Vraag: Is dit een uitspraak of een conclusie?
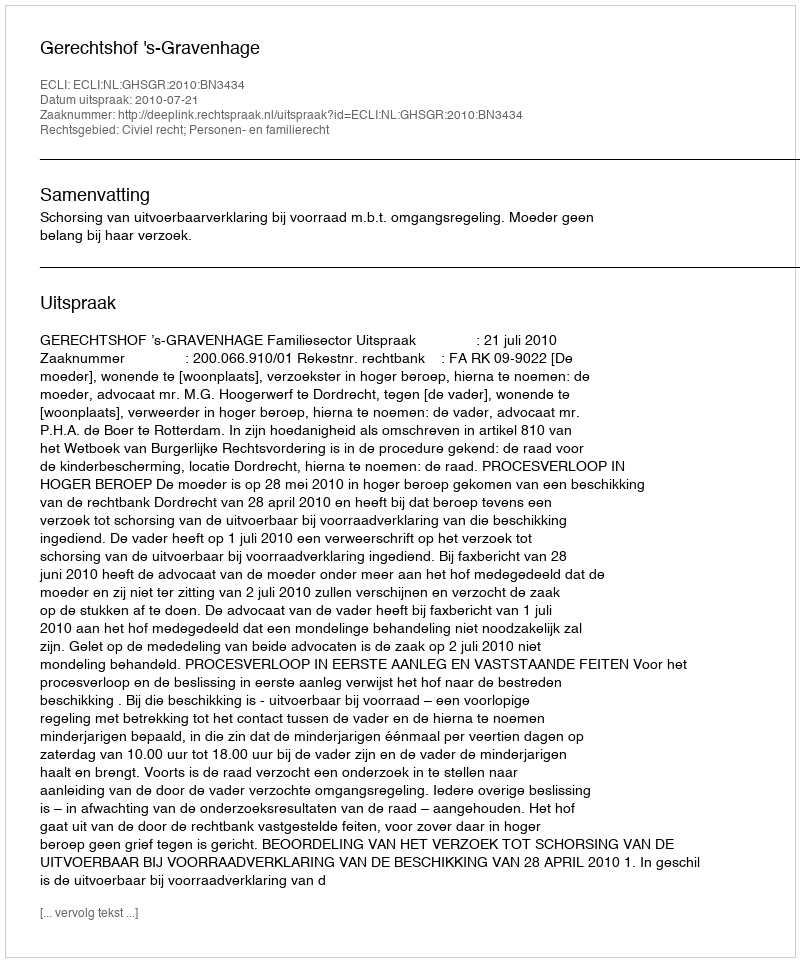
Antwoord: Uitspraak